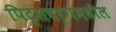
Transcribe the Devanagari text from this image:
पिट्सबर्गमधील